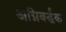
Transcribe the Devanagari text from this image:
अग्निवर्द्धक